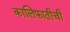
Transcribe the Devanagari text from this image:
कालिफातीची